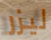
ليزر